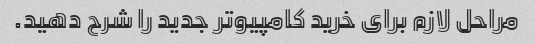
مراحل لازم برای خرید کامپیوتر جدید را شرح دهید.